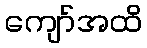
ကျော်အထိ